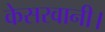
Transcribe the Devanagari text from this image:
केसरवानी।